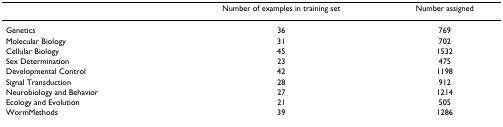
<table><thead><tr><td></td><td><b>Number of examples in training set</b></td><td><b>Number assigned</b></td></tr></thead><tbody><tr><td>Genetics</td><td>36</td><td>769</td></tr><tr><td>Molecular Biology</td><td>31</td><td>702</td></tr><tr><td>Cellular Biology</td><td>45</td><td>1532</td></tr><tr><td>Sex Determination</td><td>23</td><td>475</td></tr><tr><td>Developmental Control</td><td>42</td><td>1198</td></tr><tr><td>Signal Transduction</td><td>28</td><td>912</td></tr><tr><td>Neurobiology and Behavior</td><td>27</td><td>1214</td></tr><tr><td>Ecology and Evolution</td><td>21</td><td>505</td></tr><tr><td>WormMethods</td><td>39</td><td>1286</td></tr></tbody></table>